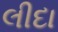
લીદા